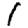
Digit: 1